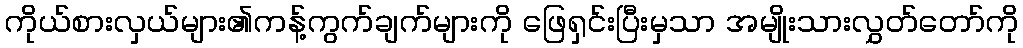
ကိုယ်စားလှယ်များ၏ကန့်ကွက်ချက်များကို ဖြေရှင်းပြီးမှသာ အမျိုးသားလွှတ်တော်ကို